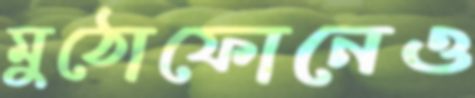
মুঠোফোনেও